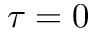
\tau = 0